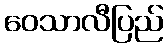
ဝေသာလီပြည်